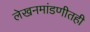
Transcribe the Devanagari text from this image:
लेखनमांडणीतही